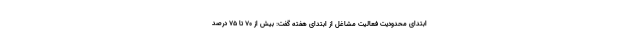
ابتدای محدودیت فعالیت مشاغل از ابتدای هفته گفت: بیش از ۷۰ تا ۷۵ درصد